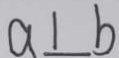
a \bot b